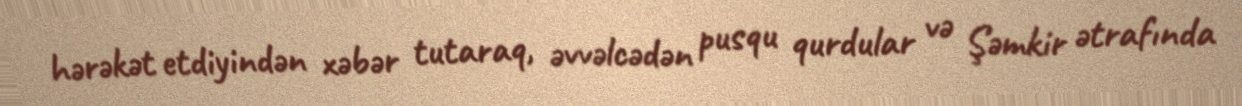
hərəkət etdiyindən xəbər tutaraq, əvvəlcədən pusqu qurdular və Şəmkir ətrafında